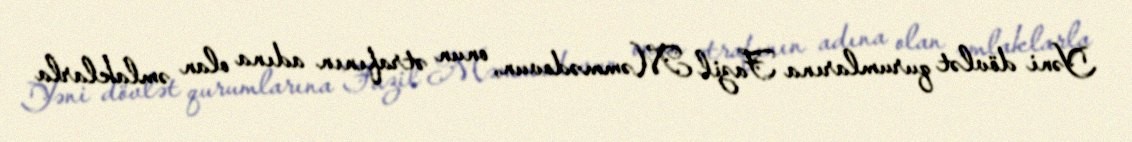
Yəni dövlət qurumlarına Fazil Məmmədovun, onun ətrafının adına olan əmlaklarla